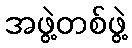
အဖွဲ့တစ်ဖွဲ့